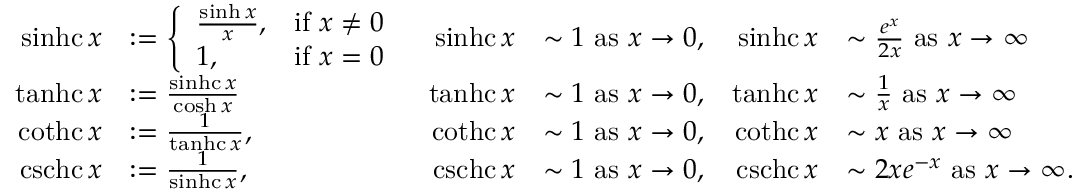
\begin{array} { r l r l r l } { \operatorname { s i n h c } x } & { : = \left\{ \begin{array} { l l } { \frac { \sinh x } { x } , } & { \mathrm { i f ~ } x \neq 0 } \\ { 1 , } & { \mathrm { i f ~ } x = 0 } \end{array} \right. } & { \operatorname { s i n h c } x } & { \sim 1 \mathrm { ~ a s ~ } x \rightarrow 0 , } & { \operatorname { s i n h c } x } & { \sim \frac { e ^ { x } } { 2 x } \mathrm { ~ a s ~ } x \rightarrow \infty } \\ { \operatorname { t a n h c } x } & { : = \frac { \operatorname { s i n h c } x } { \cosh x } } & { \operatorname { t a n h c } x } & { \sim 1 \mathrm { ~ a s ~ } x \rightarrow 0 , } & { \operatorname { t a n h c } x } & { \sim \frac { 1 } { x } \mathrm { ~ a s ~ } x \rightarrow \infty } \\ { \operatorname { c o t h c } x } & { : = \frac { 1 } { \operatorname { t a n h c } x } , } & { \operatorname { c o t h c } x } & { \sim 1 \mathrm { ~ a s ~ } x \rightarrow 0 , } & { \operatorname { c o t h c } x } & { \sim x \mathrm { ~ a s ~ } x \rightarrow \infty } \\ { \operatorname { c s c h c } x } & { : = \frac { 1 } { \operatorname { s i n h c } x } , } & { \operatorname { c s c h c } x } & { \sim 1 \mathrm { ~ a s ~ } x \rightarrow 0 , } & { \operatorname { c s c h c } x } & { \sim 2 x e ^ { - x } \mathrm { ~ a s ~ } x \rightarrow \infty . } \end{array}